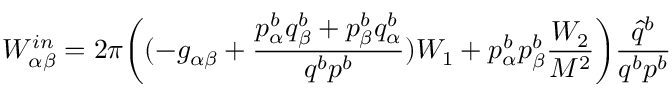
W _ { \alpha \beta } ^ { i n } = 2 \pi \biggl ( ( - g _ { \alpha \beta } + { \frac { p _ { \alpha } ^ { b } q _ { \beta } ^ { b } + p _ { \beta } ^ { b } q _ { \alpha } ^ { b } } { q ^ { b } p ^ { b } } } ) W _ { 1 } + p _ { \alpha } ^ { b } p _ { \beta } ^ { b } { \frac { W _ { 2 } } { M ^ { 2 } } } \biggr ) { \frac { \hat { q } ^ { b } } { q ^ { b } p ^ { b } } }